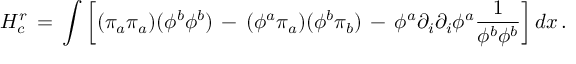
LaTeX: H _ { c } ^ { r } \, = \, \int \left[ ( \pi _ { a } \pi _ { a } ) ( \phi ^ { b } \phi ^ { b } ) \, - \, ( \phi ^ { a } \pi _ { a } ) ( \phi ^ { b } \pi _ { b } ) \, - \, \phi ^ { a } \partial _ { i } \partial _ { i } \phi ^ { a } { \frac { 1 } { \phi ^ { b } \phi ^ { b } } } \right] d x \, .